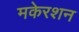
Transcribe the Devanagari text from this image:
मकेरशन